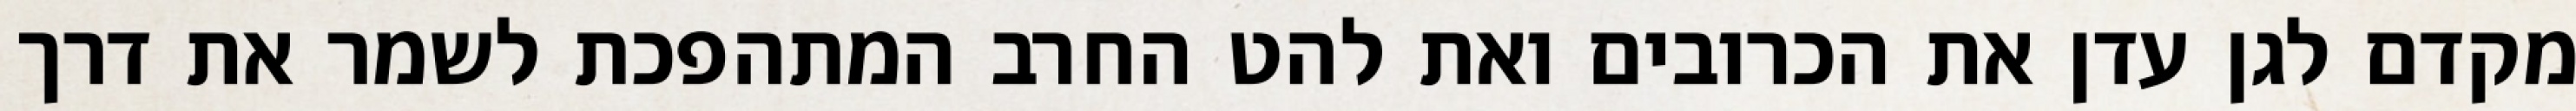
מקדם לגן עדן את הכרובים ואת להט החרב המתהפכת לשמר את דרך